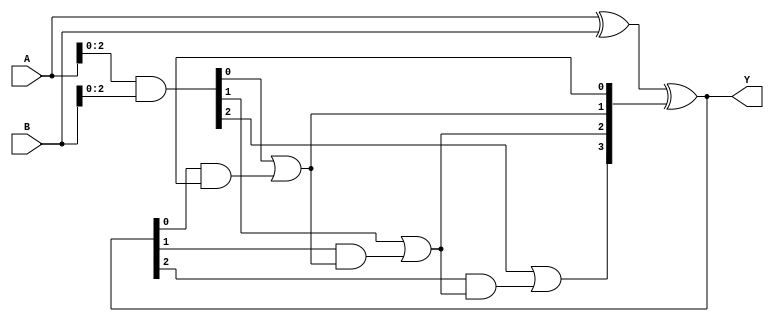
module carry_lookahead_subtractor (
    input wire [3:0] A,
    input wire [3:0] B,
    output wire [3:0] Y
);

wire [3:0] D;
wire [3:0] G;
wire [3:0] P;
wire [4:0] C;

assign D = A ^ B;
assign G = A & B;
assign P = D ^ C[3:0];
assign C[1] = G[0] | (P[0] & C[0]);
assign C[2] = G[1] | (P[1] & C[1]);
assign C[3] = G[2] | (P[2] & C[2]);
assign C[4] = G[3] | (P[3] & C[3]);
assign Y = D ^ C[3:0];

endmodule